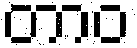
တာဝ